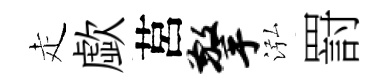
走歔莒擎泓罸